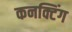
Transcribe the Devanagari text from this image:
कनक्टिंग